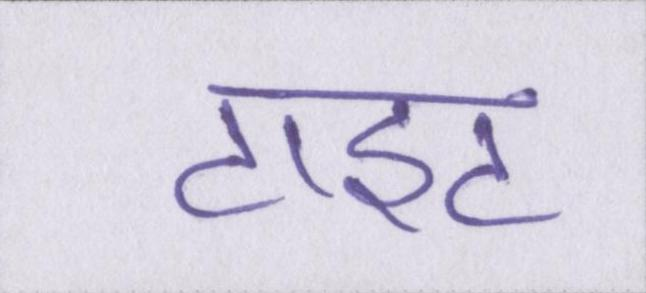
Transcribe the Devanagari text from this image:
टाइट